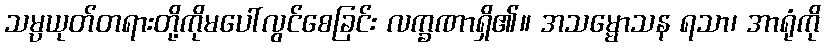
သမ္ပယုတ်တရားတို့ကိုမပေါ်လွင်စေခြင်း လက္ခဏာရှိ၏။ အသမ္မောသန ရသာ၊ အာရုံကို